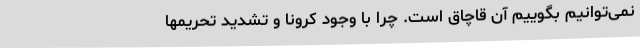
نمی‌توانیم بگوییم آن قاچاق است. چرا با وجود کرونا و تشدید تحریمها